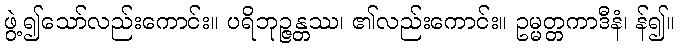
ဖွဲ့၍သော်လည်းကောင်း။ ပရိဘုဉ္ဇန္တဿ၊ ၏လည်းကောင်း။ ဥမ္မတ္တကာဒီနံ၊ န်၍။